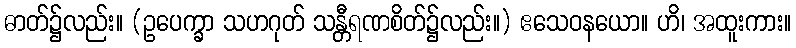
ဓာတ်၌လည်း။ (ဥပေက္ခာ သဟဂုတ် သန္တီရဏစိတ်၌လည်း။) ဧသေဝနယော။ ဟိ၊ အထူးကား။